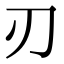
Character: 刃